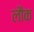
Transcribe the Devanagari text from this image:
लौक